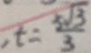
, t = \frac { 5 \sqrt { 3 } } { 3 }